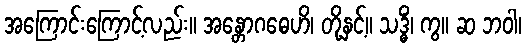
အကြောင်းကြောင့်လည်း။ အန္တောဂဓေဟိ၊ တို့နှင့်။ သဒ္ဓိံ၊ ကွ။ ဆ ဘဝါ၊